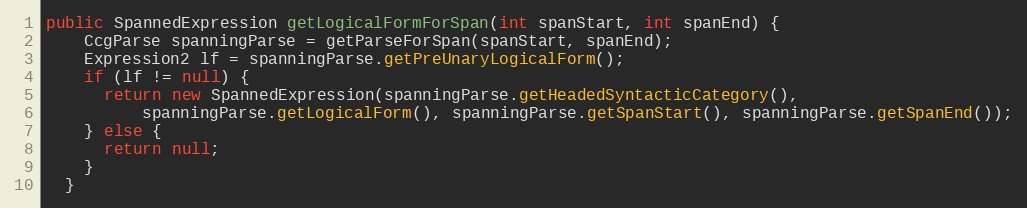
Language: Java
public SpannedExpression getLogicalFormForSpan(int spanStart, int spanEnd) {
    CcgParse spanningParse = getParseForSpan(spanStart, spanEnd);
    Expression2 lf = spanningParse.getPreUnaryLogicalForm();
    if (lf != null) {
      return new SpannedExpression(spanningParse.getHeadedSyntacticCategory(),
          spanningParse.getLogicalForm(), spanningParse.getSpanStart(), spanningParse.getSpanEnd());
    } else {
      return null;
    }
  }